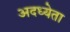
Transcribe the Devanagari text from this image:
अदध्येता